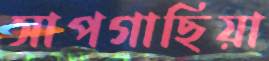
সাপগাছিয়া